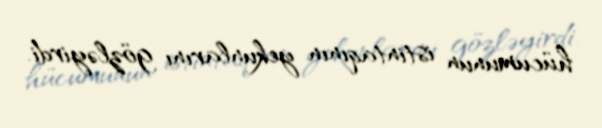
hücumunun istintaqının yekunlarını gözləyirdi.